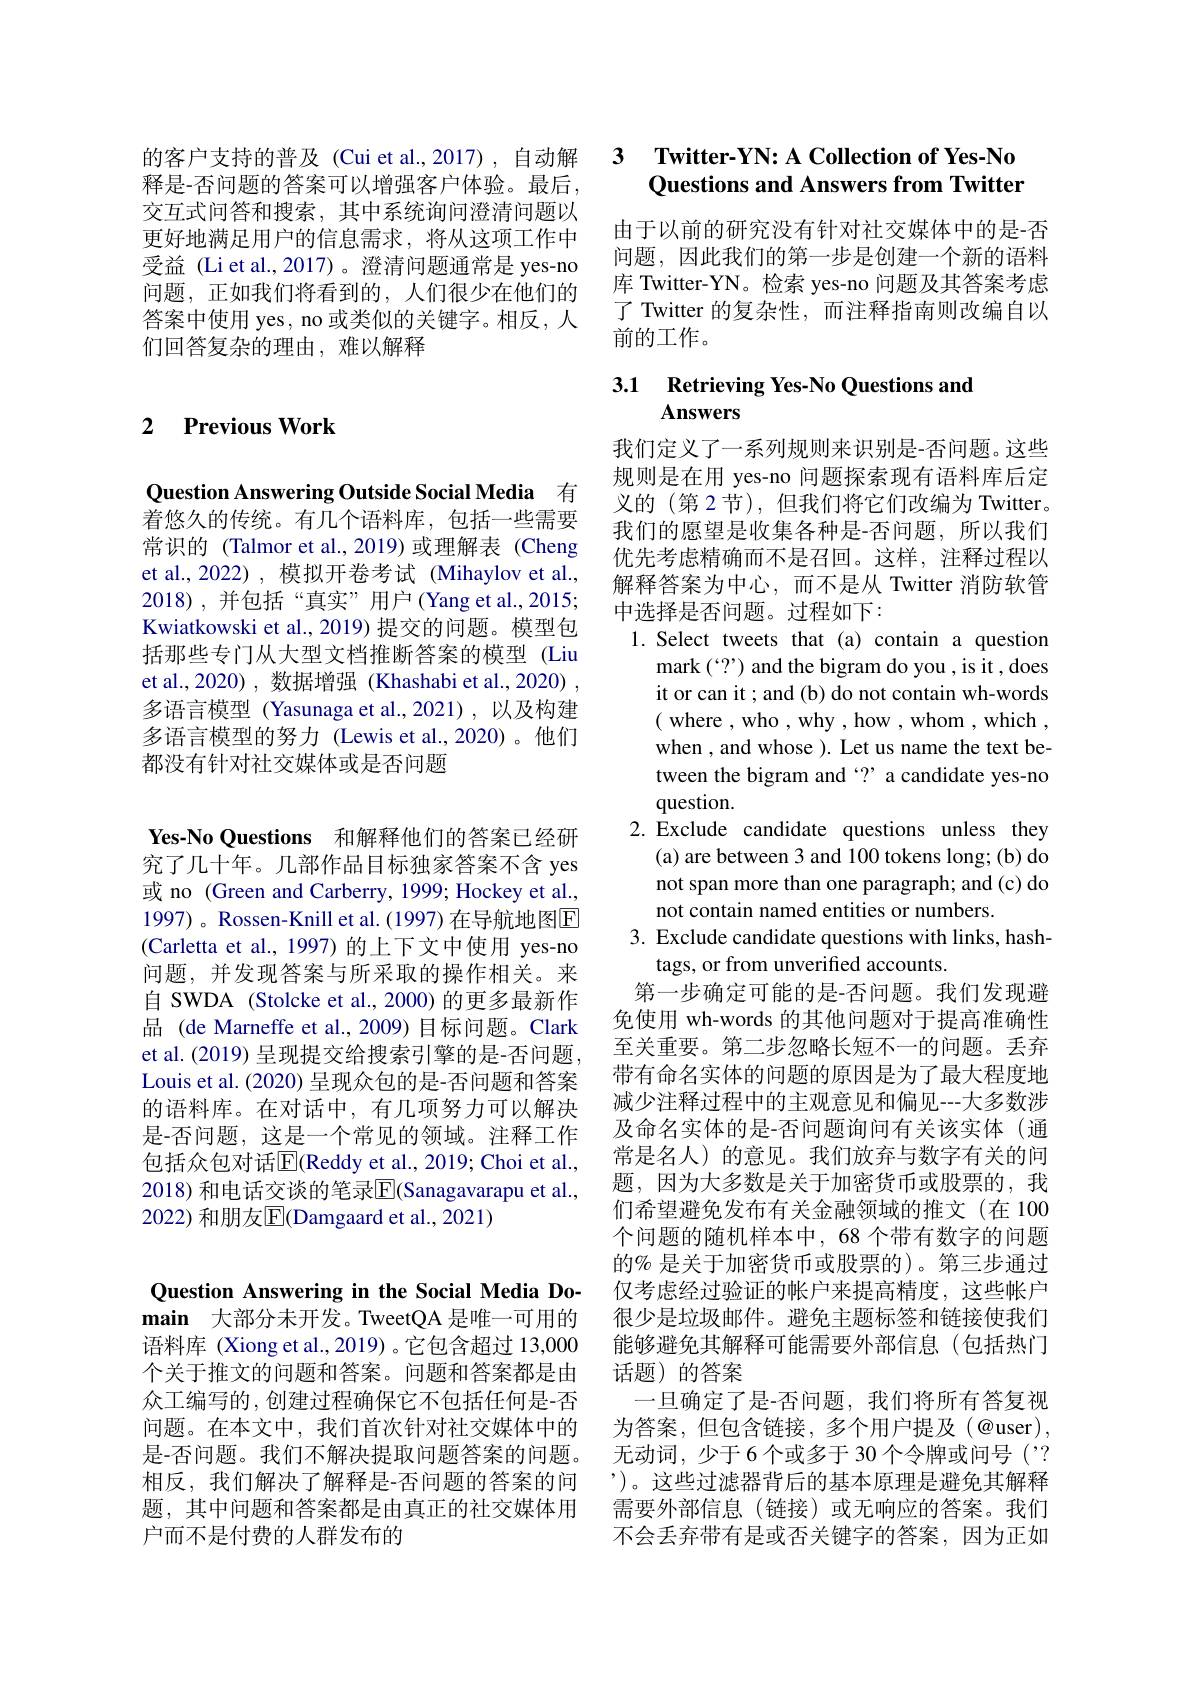
释是-否问题的答案可以增强客户体验。最后， 交互式问答和搜索，其中系统询问澄清问题以更好地满足用户的信息需求，将从这项工作中受益 (Li et al.,2017)。澄清问题通常是 yes-no 问题，正如我们将看到的，人们很少在他们的答案中使用 yes, no 或类似的关键字。相反，人们回答复杂的理由，难以解释

### 2 $\textbf{Previous Work}$

Question Answering Outside Social Media 有着悠久的传统。有几个语料库，包括一些需要常识的 (Talmor et al.,2019)或理解表 (Cheng et al., 2022) , 模拟开卷考试 (Mihaylov et al., 2018),并包括“真实”用户(Yang et al.,2015; Kwiatkowski et al., 2019) 提交的问题。模型包括那些专门从大型文档推断答案的模型 (Liu et al.,2020),数据增强(Khashabi et al.,2020) , 多语言模型 (Yasunaga et al.,2021),以及构建多语言模型的努力 (Lewis et al.,2020)。他们都没有针对社交媒体或是否问题

Yes-No Questions 和解释他们的答案已经研究了几十年。几部作品目标独家答案不含 yes 或 no (Green and Carberry, 1999; Hockey et al., 1997) 。Rossen-Knill et al. (1997) 在导航地图$\overline{\mathrm{E}}$ (Carletta et al., 1997) 的上下文中使用 yes-no 问题，并发现答案与所采取的操作相关。来自 SWDA (Stolcke et al., 2000) 的更多最新作品 (de Marneffe et al., 2009) 目标问题。Clark et al. (2019) 呈现提交给搜索引擎的是-否问题Louis et al. (2020) 呈现众包的是-否问题和答案的语料库。在对话中，有几项努力可以解决是-否问题，这是一个常见的领域。注释工作包括众包对话$\boxed{\mathrm{E}}$(Reddy et al., 2019; Choi et al., 2018) 和电话交谈的笔录$\overline{\mathrm{E}}($Sanagavarapu et al., 2022) 和朋友$\overline{\mathrm{E}}($Damgaard et al.,2021)

## 的客户支持的普及 (Cui et al., 2017) , 自动解 3 Twitter-YN: A Collection of Yes-No Questions and Answers from Twitter

由于以前的研究没有针对社交媒体中的是-否问题，因此我们的第一步是创建一个新的语料库 Twitter-YN。检索 yes-no 问题及其答案考虑了 Twitter 的复杂性，而注释指南则改编自以前的工作。

## 3.1 Retrieving Yes-No Questions and Answers

我们定义了一系列规则来识别是-否问题。这些规则是在用 yes-no 问题探索现有语料库后定义的 (第 2 节),但我们将它们改编为 Twitter。我们的愿望是收集各种是-否问题，所以我们优先考虑精确而不是召回。这样，注释过程以解释答案为中心，而不是从 Twitter 消防软管中选择是否问题。过程如下：
1. Select tweets that (a) contain a question
mark $(`?”)$ and the bigram do you , is it , does it or can it ; and (b) do not contain wh-words ( where , who , why , how , whom , which , when , and whose ). Let us name the text between the bigram and ‘?’ a candidate yes-no question.
2.Exclude candidate questions unless they
(a) are between 3 and 100 tokens long; (b) do not span more than one paragraph; and (c) do not contain named entities or numbers.
3. Exclude candidate questions with links, hash-
tags, or from unverified accounts.
第一步确定可能的是-否问题。我们发现避免使用 wh-words 的其他问题对于提高准确性至关重要。第二步忽略长短不一的问题。丢弃带有命名实体的问题的原因是为了最大程度地减少注释过程中的主观意见和偏见---大多数涉及命名实体的是-否问题询问有关该实体(通常是名人)的意见。我们放弃与数字有关的问题，因为大多数是关于加密货币或股票的，我们希望避免发布有关金融领域的推文(在 100个问题的随机样本中，68 个带有数字的问题的% 是关于加密货币或股票的)。第三步通过仅考虑经过验证的帐户来提高精度，这些帐户很少是垃圾邮件。避免主题标签和链接使我们能够避免其解释可能需要外部信息(包括热门话题)的答案
一旦确定了是-否问题，我们将所有答复视为答案，但包含链接，多个用户提及(@user), 无动词，少于6个或多于30个令牌或问号('? ')。这些过滤器背后的基本原理是避免其解释需要外部信息(链接)或无响应的答案。我们不会丢弃带有是或否关键字的答案，因为正如

Question Answering in the Social Media Domain 大部分未开发。TweetQA 是唯一可用的语料库 (Xiong et al.,2019)。它包含超过 13,000个关于推文的问题和答案。问题和答案都是由众工编写的，创建过程确保它不包括任何是-否问题。在本文中，我们首次针对社交媒体中的是-否问题。我们不解决提取问题答案的问题。相反，我们解决了解释是-否问题的答案的问题，其中问题和答案都是由真正的社交媒体用户而不是付费的人群发布的